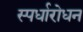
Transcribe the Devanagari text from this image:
स्पर्धारोधन